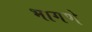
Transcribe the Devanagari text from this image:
भागणे